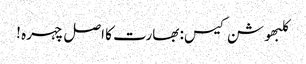
کلبھوشن کیس: بھارت کا اصل چہرہ !